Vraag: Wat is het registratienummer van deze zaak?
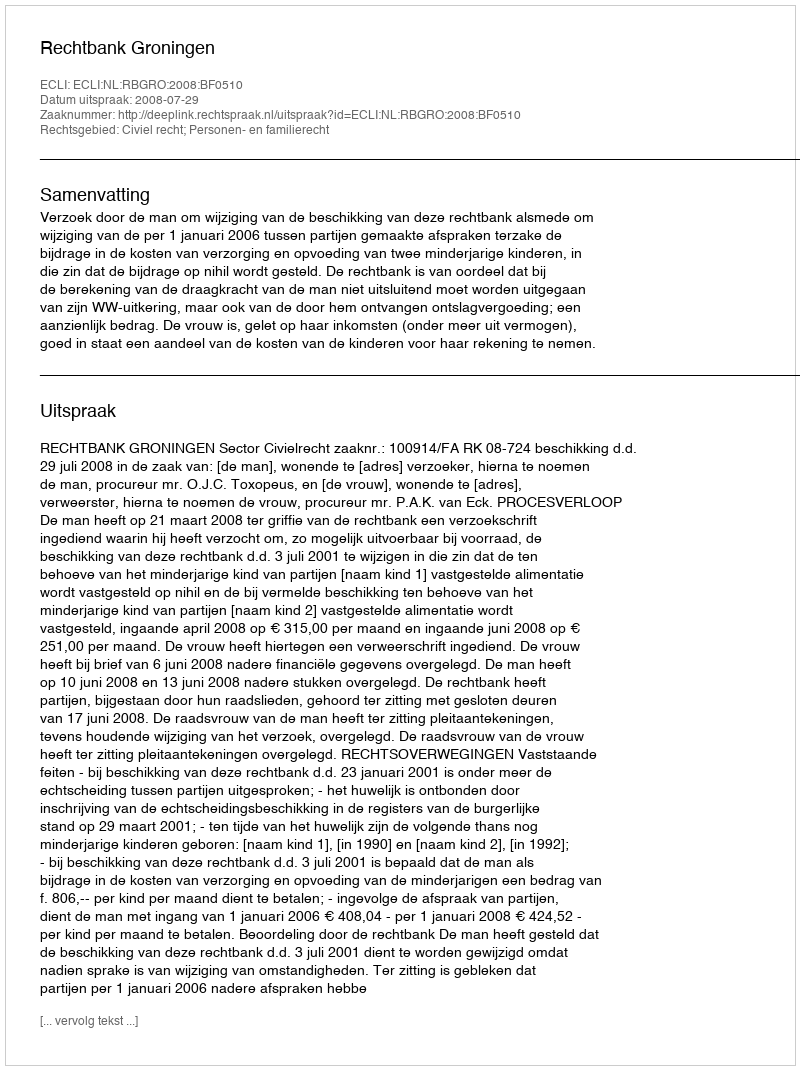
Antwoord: http://deeplink.rechtspraak.nl/uitspraak?id=ECLI:NL:RBGRO:2008:BF0510